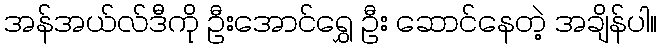
အန်အယ်လ်ဒီကို ဦးအောင်ရွှေ ဦး ဆောင်နေတဲ့ အချိန်ပါ။